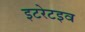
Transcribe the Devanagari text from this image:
इटरेटइव